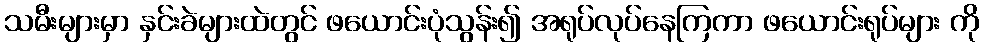
သမီးများမှာ နှင်းခဲများထဲတွင် ဖယောင်းပုံသွန်း၍ အရုပ်လုပ်နေကြကာ ဖယောင်းရုပ်များ ကို